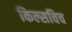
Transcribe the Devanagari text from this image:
किल्सविच